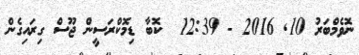
ނޮވެމްބަރު 10